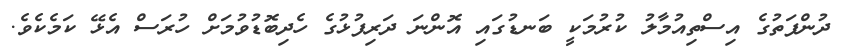
ދުންފަތުގެ އިސްތިއުމާލު ކުރުމަކީ ބަނޑުގައި އޮންނަ ދަރިފުޅުގެ ހެދިބޮޑުވުމަށް ހުރަސް އެޅޭ ކަމެކެވެ.